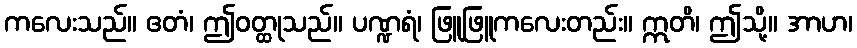
ကလေးသည်။ ဧတံ၊ ဤဝတ္ထုသည်။ ပဏ္ဍရံ၊ ဖြူဖြူကလေးတည်း။ ဣတိ၊ ဤသို့။ အာဟ၊